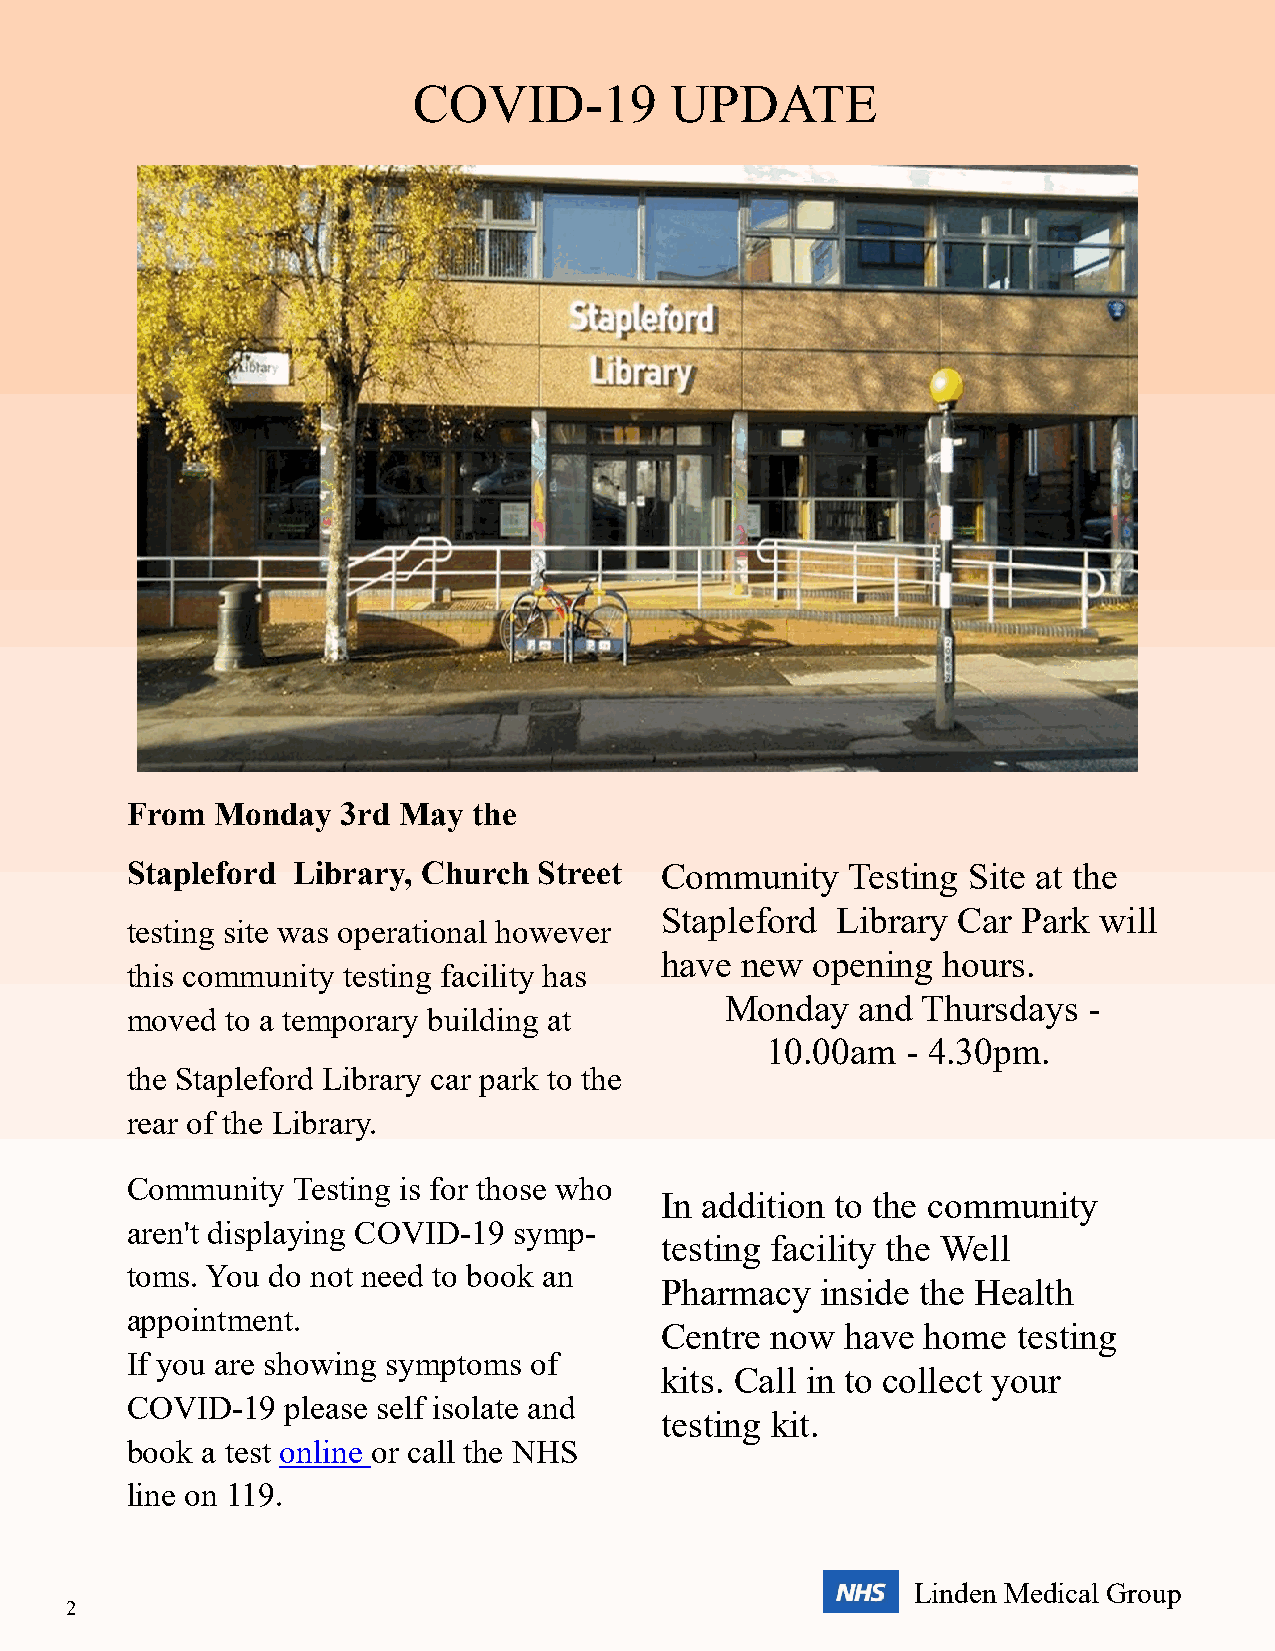
COVID-19         UPDATE
 From  Monday   3rd May the
 Stapleford Library, Church  Street  Community   Testing Site at the
 Stapleford Library Car  Park will
 testing site was operational however
 have new  opening hours.
 this community testing facility has
 Monday   and Thursdays  -
 moved  to a temporary building at
 10.00am  - 4.30pm.
 the Stapleford Library car park to the
 rear of the Library.
 Community  Testing is for those who
 In addition to the community
 aren't displaying COVID-19 symp-
 testing facility the Well
 toms. You do not need to book an
 Pharmacy  inside the Health
 appointment.
 Centre now  have home  testing
 If you are showing symptoms of
 kits. Call in to collect your
 COVID-19   please self isolate and
 testing kit.
 book a test online or call the NHS
 line on 119.
 Linden Medical Group
 2